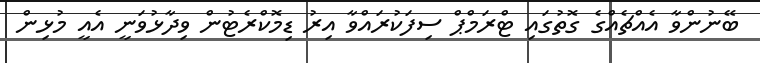
ބޭނުންވާ އެއްޗެއްގެ ގޮތުގައި ޓްރަމްޕް ސިފަކުރައްވާ އިރު ޑިމޮކްރެޓުން ވިދާޅުވަނީ އެއީ މުޅިން